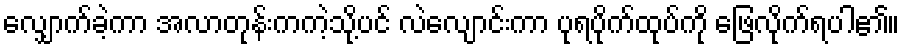
လျှောက်ခဲ့ကာ အလာတုန်းကကဲ့သို့ပင် လဲလျောင်းကာ ပုရပိုက်ထုပ်ကို ဖြေလိုက်ရပါ၏။